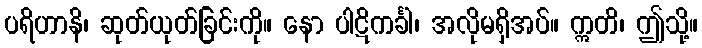
ပရိဟာနိ၊ ဆုတ်ယုတ်ခြင်းကို။ နော ပါဋိကင်္ခါ၊ အလိုမရှိအပ်။ ဣတိ၊ ဤသို့။